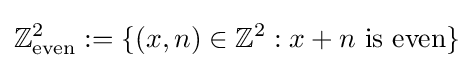
\mathbb {Z} _{\rm {even}}^{2}:=\{(x,n)\in \mathbb {Z} ^{2}:x+n{\mbox{ is even}}\}